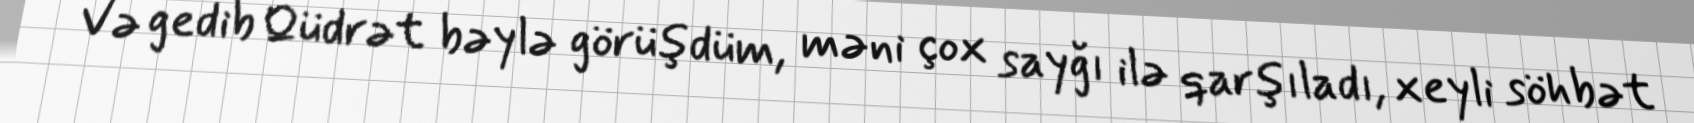
Və gedib Qüdrət bəylə görüşdüm, məni çox sayğı ilə qarşıladı, xeyli söhbət